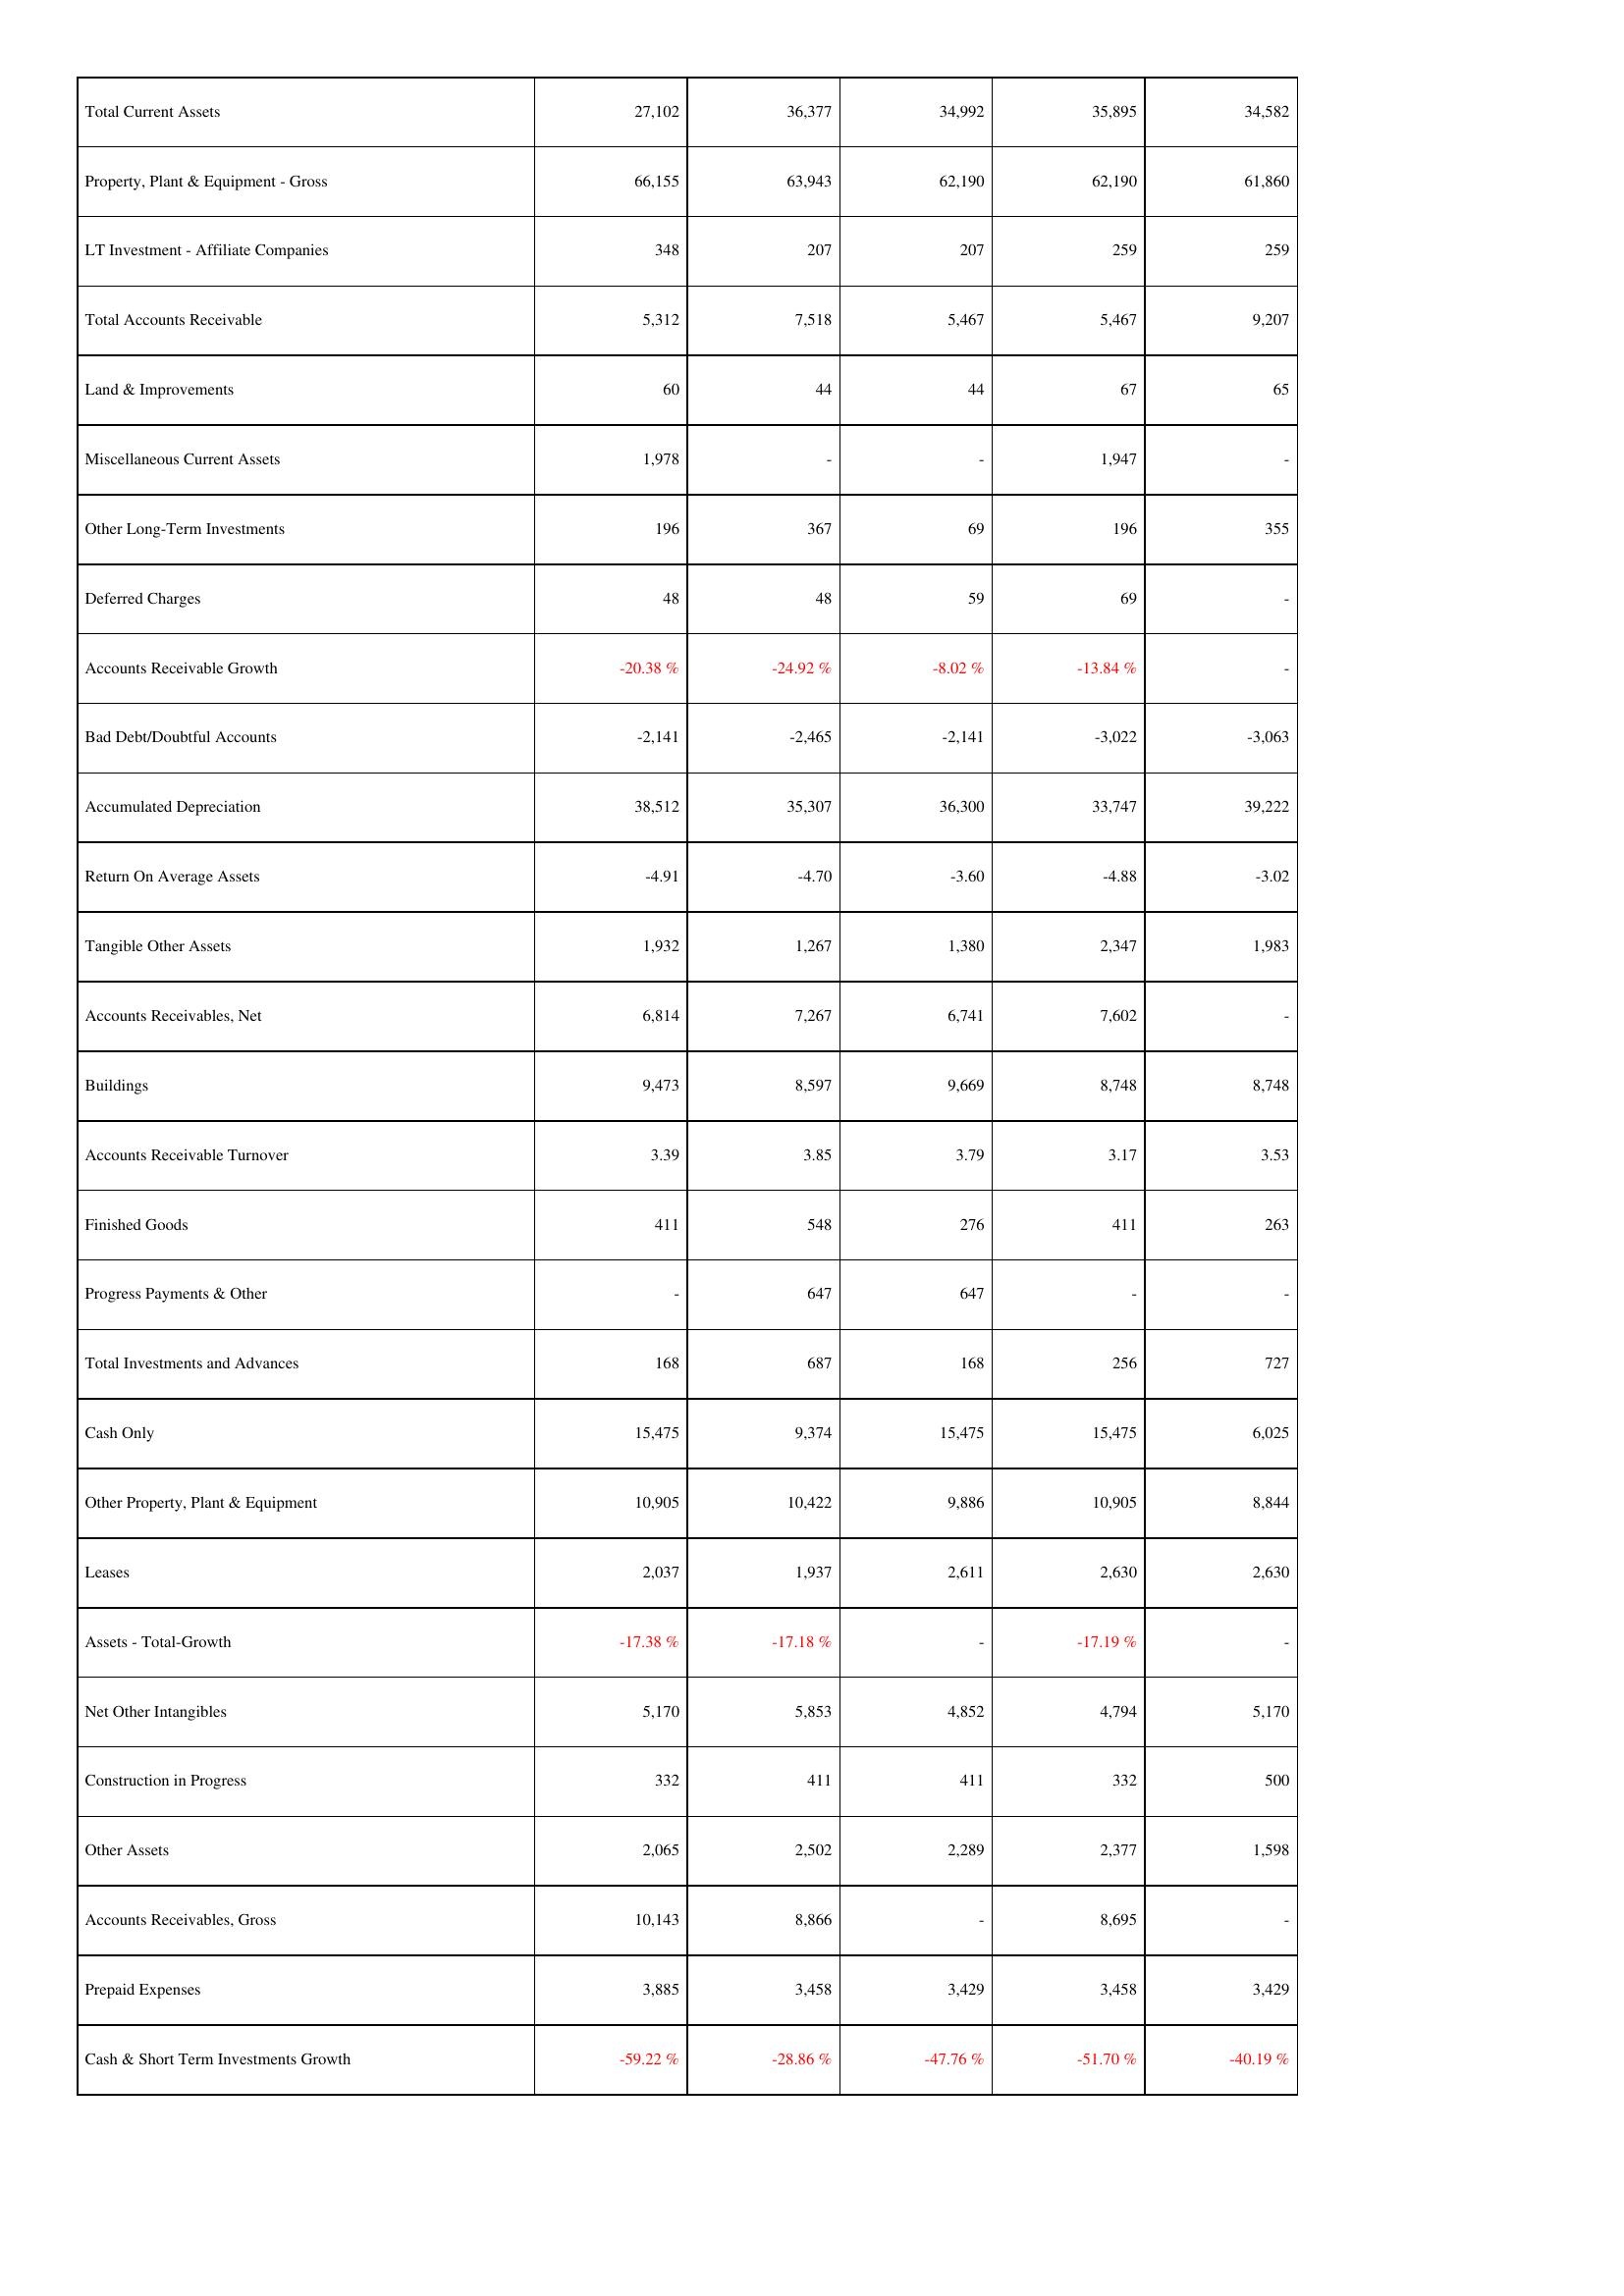
2009: Assets: Total Current Assets: 27,102
Property, Plant & Equipment - Gross: 66,155
LT Investment - Affiliate Companies: 348
Total Accounts Receivable: 5,312
Land & Improvements: 60
Miscellaneous Current Assets: 1,978
Other Long-Term Investments: 196
Deferred Charges: 48
Accounts Receivable Growth: -20.38 %
Bad Debt/Doubtful Accounts: -2,141
Accumulated Depreciation: 38,512
Return On Average Assets: -4.91
Tangible Other Assets: 1,932
Accounts Receivables, Net: 6,814
Buildings: 9,473
Accounts Receivable Turnover: 3.39
Finished Goods: 411
Progress Payments & Other: -
Total Investments and Advances: 168
Cash Only: 15,475
Other Property, Plant & Equipment: 10,905
Leases: 2,037
Assets - Total-Growth: -17.38 %
Net Other Intangibles: 5,170
Construction in Progress: 332
Other Assets: 2,065
Accounts Receivables, Gross: 10,143
Prepaid Expenses: 3,885
Cash & Short Term Investments Growth: -59.22 %
2010: Assets: Total Current Assets: 36,377
Property, Plant & Equipment - Gross: 63,943
LT Investment - Affiliate Companies: 207
Total Accounts Receivable: 7,518
Land & Improvements: 44
Miscellaneous Current Assets: -
Other Long-Term Investments: 367
Deferred Charges: 48
Accounts Receivable Growth: -24.92 %
Bad Debt/Doubtful Accounts: -2,465
Accumulated Depreciation: 35,307
Return On Average Assets: -4.70
Tangible Other Assets: 1,267
Accounts Receivables, Net: 7,267
Buildings: 8,597
Accounts Receivable Turnover: 3.85
Finished Goods: 548
Progress Payments & Other: 647
Total Investments and Advances: 687
Cash Only: 9,374
Other Property, Plant & Equipment: 10,422
Leases: 1,937
Assets - Total-Growth: -17.18 %
Net Other Intangibles: 5,853
Construction in Progress: 411
Other Assets: 2,502
Accounts Receivables, Gross: 8,866
Prepaid Expenses: 3,458
Cash & Short Term Investments Growth: -28.86 %
2011: Assets: Total Current Assets: 34,992
Property, Plant & Equipment - Gross: 62,190
LT Investment - Affiliate Companies: 207
Total Accounts Receivable: 5,467
Land & Improvements: 44
Miscellaneous Current Assets: -
Other Long-Term Investments: 69
Deferred Charges: 59
Accounts Receivable Growth: -8.02 %
Bad Debt/Doubtful Accounts: -2,141
Accumulated Depreciation: 36,300
Return On Average Assets: -3.60
Tangible Other Assets: 1,380
Accounts Receivables, Net: 6,741
Buildings: 9,669
Accounts Receivable Turnover: 3.79
Finished Goods: 276
Progress Payments & Other: 647
Total Investments and Advances: 168
Cash Only: 15,475
Other Property, Plant & Equipment: 9,886
Leases: 2,611
Assets - Total-Growth: -
Net Other Intangibles: 4,852
Construction in Progress: 411
Other Assets: 2,289
Accounts Receivables, Gross: -
Prepaid Expenses: 3,429
Cash & Short Term Investments Growth: -47.76 %
2012: Assets: Total Current Assets: 35,895
Property, Plant & Equipment - Gross: 62,190
LT Investment - Affiliate Companies: 259
Total Accounts Receivable: 5,467
Land & Improvements: 67
Miscellaneous Current Assets: 1,947
Other Long-Term Investments: 196
Deferred Charges: 69
Accounts Receivable Growth: -13.84 %
Bad Debt/Doubtful Accounts: -3,022
Accumulated Depreciation: 33,747
Return On Average Assets: -4.88
Tangible Other Assets: 2,347
Accounts Receivables, Net: 7,602
Buildings: 8,748
Accounts Receivable Turnover: 3.17
Finished Goods: 411
Progress Payments & Other: -
Total Investments and Advances: 256
Cash Only: 15,475
Other Property, Plant & Equipment: 10,905
Leases: 2,630
Assets - Total-Growth: -17.19 %
Net Other Intangibles: 4,794
Construction in Progress: 332
Other Assets: 2,377
Accounts Receivables, Gross: 8,695
Prepaid Expenses: 3,458
Cash & Short Term Investments Growth: -51.70 %
2013: Assets: Total Current Assets: 34,582
Property, Plant & Equipment - Gross: 61,860
LT Investment - Affiliate Companies: 259
Total Accounts Receivable: 9,207
Land & Improvements: 65
Miscellaneous Current Assets: -
Other Long-Term Investments: 355
Deferred Charges: -
Accounts Receivable Growth: -
Bad Debt/Doubtful Accounts: -3,063
Accumulated Depreciation: 39,222
Return On Average Assets: -3.02
Tangible Other Assets: 1,983
Accounts Receivables, Net: -
Buildings: 8,748
Accounts Receivable Turnover: 3.53
Finished Goods: 263
Progress Payments & Other: -
Total Investments and Advances: 727
Cash Only: 6,025
Other Property, Plant & Equipment: 8,844
Leases: 2,630
Assets - Total-Growth: -
Net Other Intangibles: 5,170
Construction in Progress: 500
Other Assets: 1,598
Accounts Receivables, Gross: -
Prepaid Expenses: 3,429
Cash & Short Term Investments Growth: -40.19 %